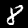
Digit: 8